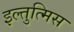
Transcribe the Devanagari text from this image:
इल्तुत्मिस